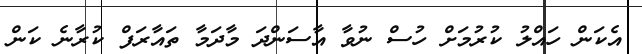
އެކަން ހައްލު ކުރުމަށް ހުސް ނުވާ އާސަންދަ މާދަމާ ތައާރަފް ކުރާނެ ކަން